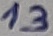
Text: 13